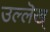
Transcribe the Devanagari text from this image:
उल्लॆख्